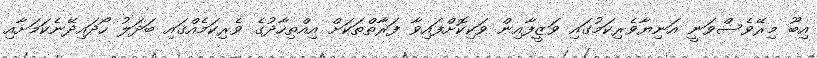
އިބޫ މިރޭވެސްވަނީ އަނިޔާވެރިކަމުގައި ވަޒީފާއިން ވަކިކޮށްފައިވާ ފަރާތްތަކަށް އިއްތިހާދުގެ ވެރިކަމެއްގައި ބަދަލު ހޯދައިދޭނެކަމަށާއި